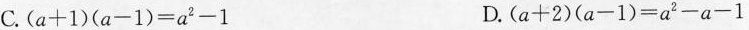
C. $$( a + 1 ) ( a - 1 ) = a ^ { 2 } - 1$$ D. $$( a + 2 ) ( a - 1 ) = a ^ { 2 } - a - 1$$